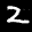
Label: 2